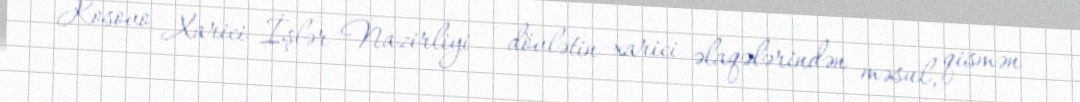
Kosovo Xarici İşlər Nazirliyi — dövlətin xarici əlaqələrindən məsul, qismən